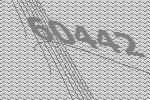
60442